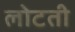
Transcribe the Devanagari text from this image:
लोटती